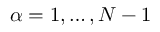
\alpha = 1 , \ldots , N - 1